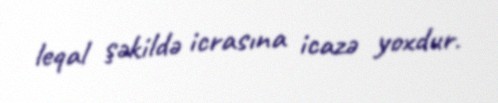
leqal şəkildə icrasına icazə yoxdur.